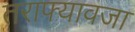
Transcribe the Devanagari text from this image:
तराफ्यावजा